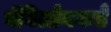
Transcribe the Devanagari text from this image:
बॅबिलोनकडे